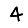
Digit: 4